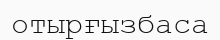
отырғызбаса